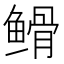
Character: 𮬡